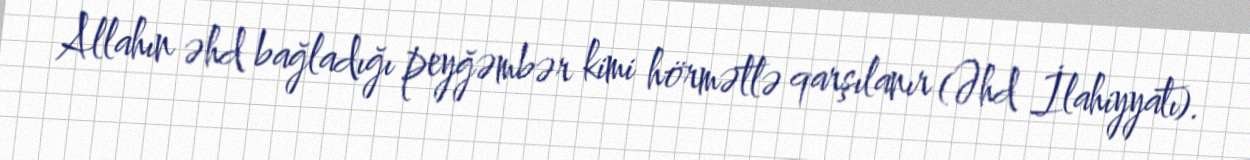
Allahın əhd bağladığı peyğəmbər kimi hörmətlə qarşılanır (Əhd İlahiyyatı).